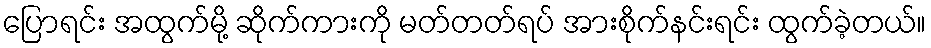
ပြောရင်း အထွက်မို့ ဆိုက်ကားကို မတ်တတ်ရပ် အားစိုက်နင်းရင်း ထွက်ခဲ့တယ်။